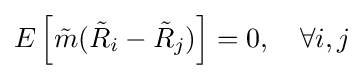
E\left[{\tilde {m}}({\tilde {R}}_{i}-{\tilde {R}}_{j})\right]=0,\quad \forall i,j